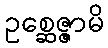
ဥစ္ဆေဇ္ဇာမိ